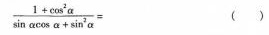
$$\frac { 1 + \cos ^ { 2 } \alpha } { \sin \alpha